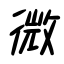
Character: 微